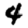
Digit: 4